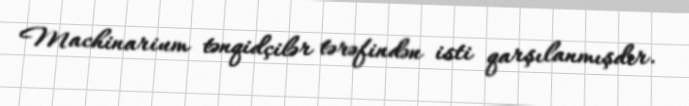
Machinarium tənqidçilər tərəfindən isti qarşılanmışdır.